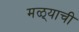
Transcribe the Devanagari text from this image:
मळ्याची